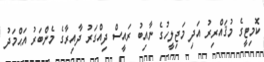
ކޮމިޓީގެ މުޤައްރިރު އަދި މަޖިލީހުގެ ނާއިބު ރައީސް ދިއްގަރު ދާއިރާގެ މެންބަރު އަޙްމަދު